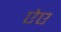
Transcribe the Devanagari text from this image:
ऐए